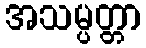
အသမ္ပတ္တာ